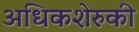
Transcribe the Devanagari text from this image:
अधिकशेरुकी